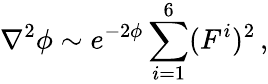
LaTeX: \nabla^{2}\phi\sim e^{-2\phi}\sum_{i=1}^{6}(F^{i})^{2}\, ,